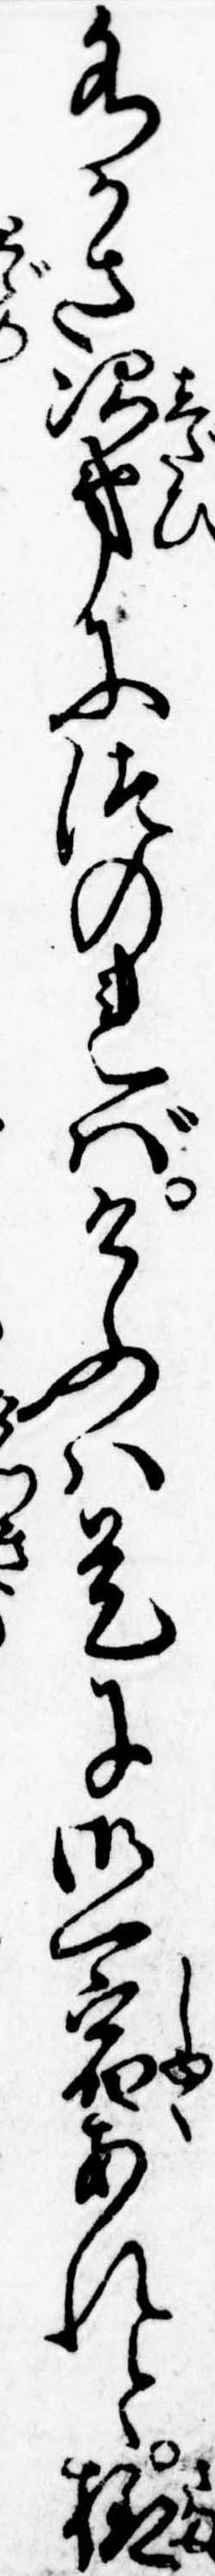
水かさ次第につのればけふは是に御一宿あれと様